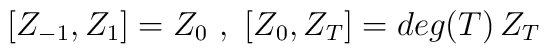
[Z_{-1} , Z_1] = Z_0 \ , \ [Z_0 , Z_T] = deg(T) \, Z_T \,